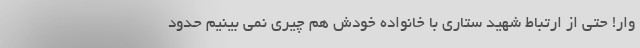
وار! حتی از ارتباط شهید ستاری با خانواده خودش هم چیری نمی بینیم حدود